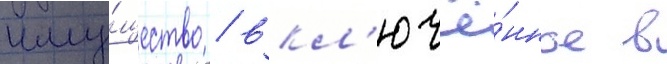
иму́щество / вкл'ючё́нное в